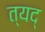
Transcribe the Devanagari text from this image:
त्यद्